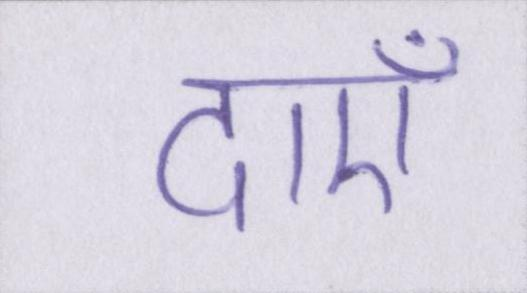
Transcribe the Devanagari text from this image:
दाएँ